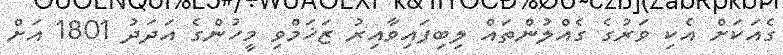
ގެއަކަށް އެކި ވަރުގެ ގެއްލުންތައް ލިބިފައިވާއިރު ޒަޚަމްވި މީހުންގެ އަދަދު 1801 އަށް